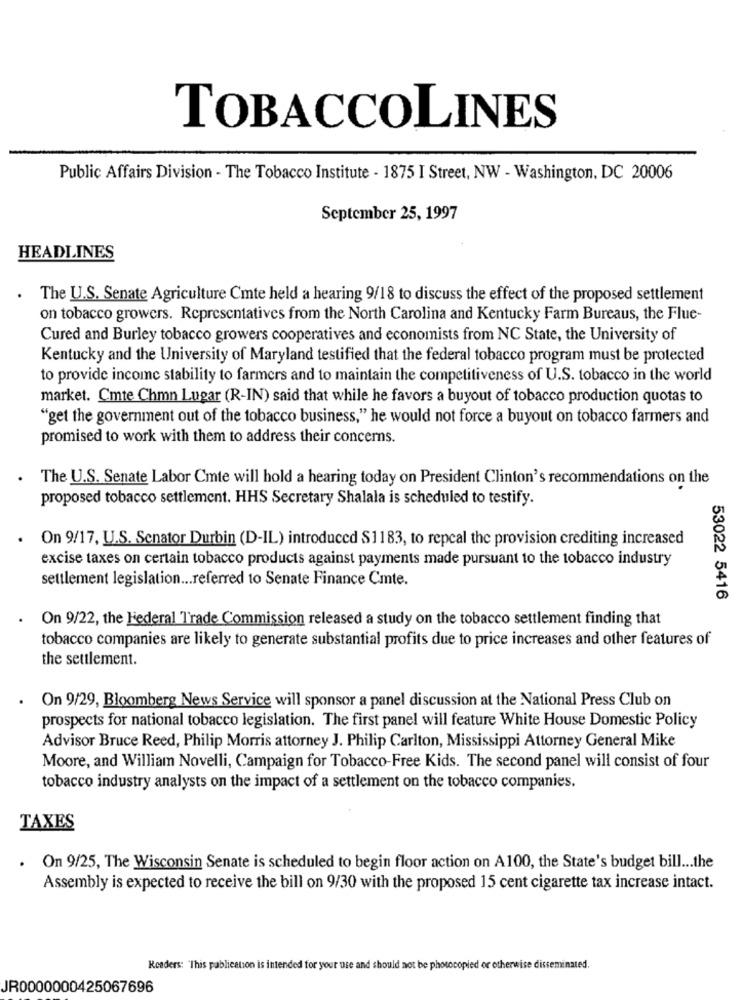
TOBACCOLINES
Public Affairs Division - The Tobacco Institute - 1875 I Street, NW - Washington, DC 20006
September 25, 1997
HEADLINES
.
The U.S. Senate Agriculture Cmte held a hearing 9/18 to discuss the effect of the proposed settlement
on tobacco growers. Representatives from the North Carolina and Kentucky Farm Bureaus, the Flue-
Cured and Burley tobacco growers cooperatives and economists from NC State, the University of
Kentucky and the University of Maryland testified that the federal tobacco program must be protected
to provide income stability to farmers and to maintain the competitiveness of U.S. tobacco in the world
market. Cmte Chmn Lugar (R-IN) said that while he favors a buyout of tobacco production quotas to
"get the government out of the tobacco business," he would not force a buyout on tobacco farmers and
promised to work with them to address their concerns.
The U.S. Senate Labor Cmte will hold a hearing today on President Clinton's recommendations on the
proposed tobacco settlement. HHS Secretary Shalala is scheduled to testify.
. On 9/17, U.S. Senator Durbin (D-IL) introduced S1183, to repeal the provision crediting increased
excise taxes on certain tobacco products against payments made pursuant to the tobacco industry
settlement legislation ... referred to Senate Finance Cmte.
53022 5416
On 9/22, the Federal Trade Commission released a study on the tobacco settlement finding that
tobacco companies are likely to generate substantial profits due to price increases and other features of
the settlement.
On 9/29, Bloomberg News Service will sponsor a panel discussion at the National Press Club on
prospects for national tobacco legislation. The first panel will feature White House Domestic Policy
Advisor Bruce Reed, Philip Morris attorney J. Philip Carlton, Mississippi Attorney General Mike
Moore, and William Novelli, Campaign for Tobacco-Free Kids. The second panel will consist of four
tobacco industry analysts on the impact of a settlement on the tobacco companies.
TAXES
. On 9/25, The Wisconsin Senate is scheduled to begin floor action on A100, the State's budget bill ... the
Assembly is expected to receive the bill on 9/30 with the proposed 15 cent cigarette tax increase intact.
Readers: "This publication is intended for your use and should not be photocopied or otherwise disseminated.
JR0000000425067696